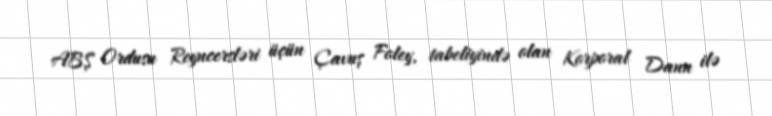
ABŞ Ordusu Reyncersləri üçün Çavuş Foley, tabeliyində olan Korporal Dann ilə